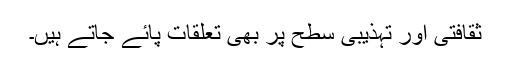
ثقافتی اور تہذیبی سطح پر بھی تعلقات پائے جاتے ہیں۔